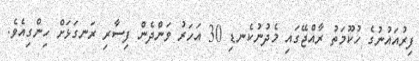
ފިރުއައުނުގެ ހުކޫމަތު ރާއްޖޭގައި މެދުނުކެނޑި 30 އަހަރު ވަންދެން ފިސާރި ރަނގަޅަށް ހިންގިއެވެ.